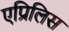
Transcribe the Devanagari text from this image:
एप्रिलिस